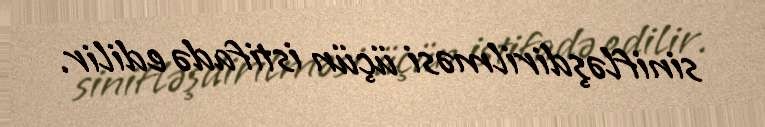
sinifləşdirilməsi üçün istifadə edilir.